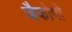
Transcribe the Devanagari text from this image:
जैकोपो